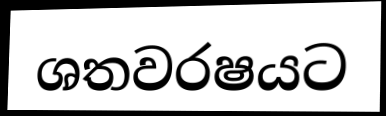
ශතවරෂයට